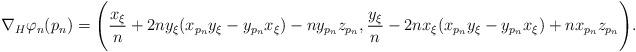
LaTeX: \begin{align*}\nabla_H \varphi_n (p_n) = \Bigg( \frac{x_\xi }{n} +2n y_\xi (x_{p_n}y_\xi -y_{p_n}x_\xi)- n y_{p_n} z_{p_n}, \frac{y_\xi }{n} -2nx_\xi (x_{p_n}y_\xi -y_{p_n}x_\xi)+ n x_{p_n} z_{p_n}\Bigg).\end{align*}